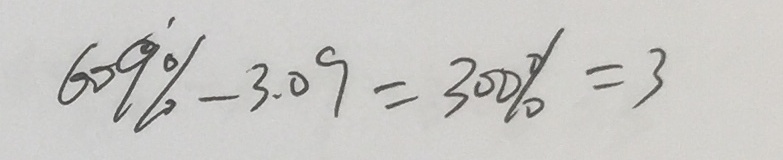
6 0 9 \% - 3 . 0 9 = 3 0 0 \% = 3